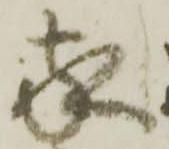
家